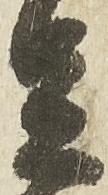
足